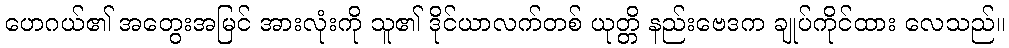
ဟေဂယ်၏ အတွေးအမြင် အားလုံးကို သူ၏ ဒိုင်ယာလက်တစ် ယုတ္တိ နည်းဗေဒက ချုပ်ကိုင်ထား လေသည်။